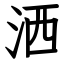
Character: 洒